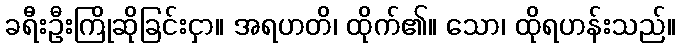
ခရီးဦးကြိုဆိုခြင်းငှာ။ အရဟတိ၊ ထိုက်၏။ သော၊ ထိုရဟန်းသည်။